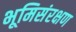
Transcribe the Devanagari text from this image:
भूमिसंरक्षण